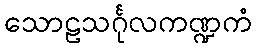
သောဠသင်္ဂုလကဏ္ဍကံ